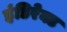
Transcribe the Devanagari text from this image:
इंडिरेक्ट